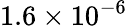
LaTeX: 1.6\times 10^{-6}